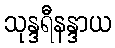
သုန္ဒရီနန္ဒာယ